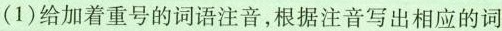
(1)给加着重号的词语注音，根据注音写出相应的词